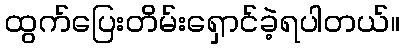
ထွက်ပြေးတိမ်းရှောင်ခဲ့ရပါတယ်။